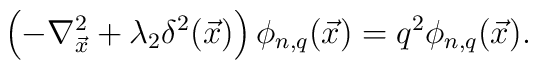
\left(-\nabla_{\vec{x}}^2 + \lambda_2 \delta^2({\vec{x}})\right)\phi_{n,q}({\vec x}) = q^2 \phi_{n,q}({\vec x}).